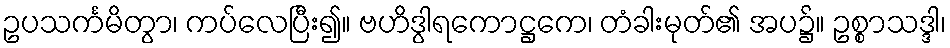
ဥပသင်္ကမိတွာ၊ ကပ်လေပြီး၍။ ဗဟိဒွါရကောဋ္ဌကေ၊ တံခါးမုတ်၏ အပ၌။ ဥစ္စာသဒ္ဒါ၊